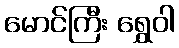
မောင်ကြီး ရွှေဝါ